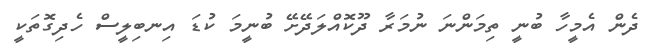
ދެން އެމީހާ ބުނީ ތިމަންނަ ނުމަރާ ދޫކޮއްލަދޭށޭ ބުނީމަ ކުޑަ އިނބިލީސް ހެދިގޮތަކީ